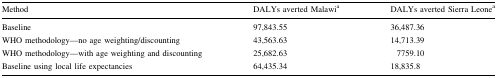
<table><thead><tr><td><b>Method</b></td><td><b>DALYs averted Malawi<sup>a</sup></b></td><td><b>DALYs averted Sierra Leone<sup>a</sup></b></td></tr></thead><tbody><tr><td>Baseline</td><td>97,843.55</td><td>36,487.36</td></tr><tr><td>WHO methodology—no age weighting/discounting</td><td>43,563.63</td><td>14,713.39</td></tr><tr><td>WHO methodology—with age weighting and discounting</td><td>25,682.63</td><td>7759.10</td></tr><tr><td>Baseline using local life expectancies</td><td>64,435.34</td><td>18,835.8</td></tr></tbody></table>